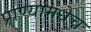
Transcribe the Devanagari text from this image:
प्राण्यांमधेच